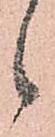
候